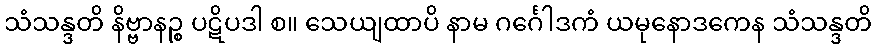
သံသန္ဒတိ နိဗ္ဗာနဉ္စ ပဋိပဒါ စ။ သေယျထာပိ နာမ ဂင်္ဂေါဒကံ ယမုနောဒကေန သံသန္ဒတိ